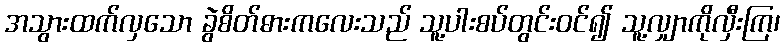
အသွားထက်လှသော ခွဲစိတ်ဓားကလေးသည် သူ့ပါးစပ်တွင်းဝင်၍ သူ့လျှာကိုလှီးကြ၊